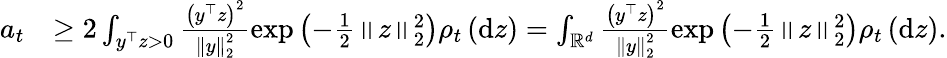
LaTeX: \begin{array}{rl}{a_{t}}&{\geq 2\int_{y^{\top}z>0}\frac{\left(y^{\top}z\right)^{2}}{\left\Vert y\right\Vert_{2}^{2}}\exp\left(-\frac{1}{2}\left\Vert z\right\Vert_{2}^{2}\right)\rho_{t}\left(\mathrm{d}z\right)=\int_{\mathbb{R}^{d}}\frac{\left(y^{\top}z\right)^{2}}{\left\Vert y\right\Vert_{2}^{2}}\exp\left(-\frac{1}{2}\left\Vert z\right\Vert_{2}^{2}\right)\rho_{t}\left(\mathrm{d}z\right).}\end{array}